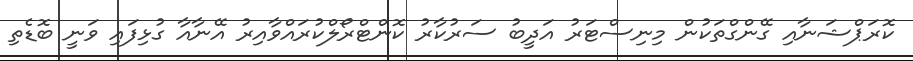
ކޮރަޕްޝަނާއި ގޭންގްތަކުން މިނިސްޓަރު އަދީބު ސަރުކާރު ކޮންޓްރޯލްކުރައްވާއިރު އޭނާއާ ގުޅިފައި ވަނީ ބޮޑެތި